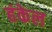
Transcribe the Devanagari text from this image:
हंकेल